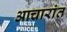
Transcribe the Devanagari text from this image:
आचारांत